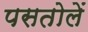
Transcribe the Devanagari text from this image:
पसतोलें